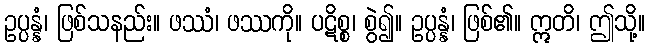
ဥပ္ပန္နံ၊ ဖြစ်သနည်း။ ဖဿံ၊ ဖဿကို။ ပဋိစ္စ၊ စွဲ၍။ ဥပ္ပန္နံ၊ ဖြစ်၏။ ဣတိ၊ ဤသို့။